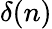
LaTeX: \delta(n)